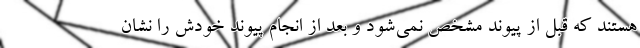
هستند که قبل از پیوند مشخص نمی‌شود و بعد از انجام پیوند خودش را نشان